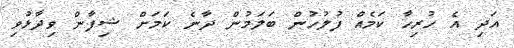
އަދި އެ ހުރިހާ ކަމެއް ފުލުހުން ބަލަމުން ދާނެ ކަމަށް ޝިފާން ވިދާޅުވި